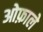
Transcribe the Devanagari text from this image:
ओफ़ाले